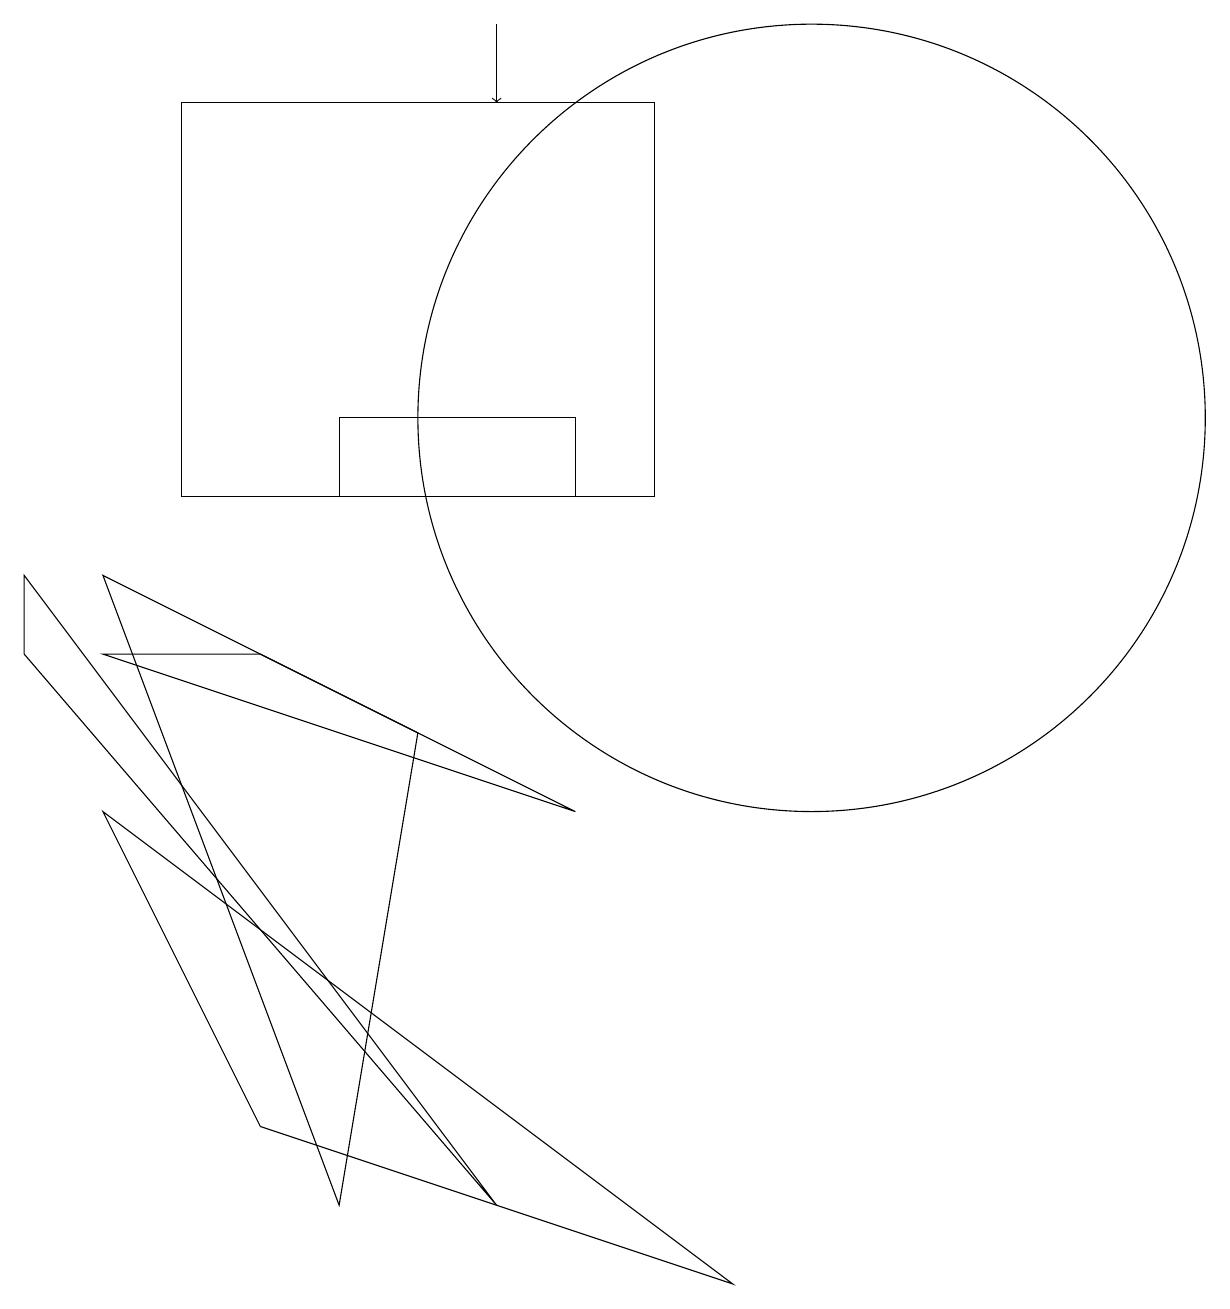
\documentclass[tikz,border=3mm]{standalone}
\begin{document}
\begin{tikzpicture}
\draw (4,11) rectangle (7,10);
\draw (4,1) -- (1,9) -- (5,7) -- cycle;
\draw (10,11) circle (5);
\draw (3,2) -- (9,0) -- (1,6) -- cycle;
\draw (2,10) rectangle (8,15);
\draw (1,8) -- (7,6) -- (3,8) -- cycle;
\draw[->] (6,16) -- (6,15);
\draw (6,1) -- (0,9) -- (0,8) -- cycle;
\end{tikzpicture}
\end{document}